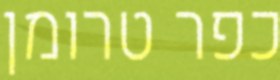
כפר טרומן